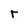
Character: r